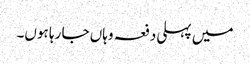
میں پہلی دفعہ وہاں جا رہا ہوں۔